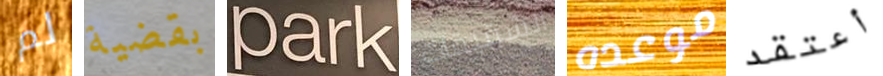
لم بقضية Park الشقيقات موعده أعتقد